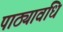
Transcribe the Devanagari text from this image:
पाठ्यावधि